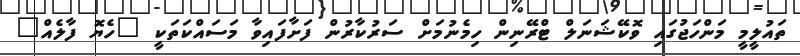
ތައުލީމީ މަންހަޖުގައި ވޮކޭޝަނަލް ޓްރޭނިން ހިމެނުމަށް ސަރުކާރުން ފަށާފައިވާ މަސައްކަތަކީ "ހެޔޮ ފާލެއް"